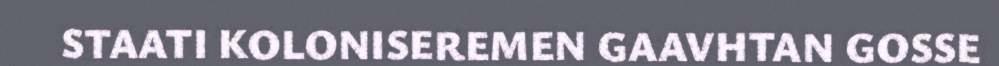
STAATI KOLONISEREMEN GAAVHTAN GOSSE